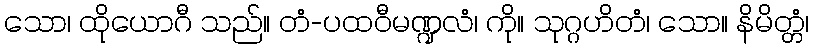
သော၊ ထိုယောဂီ သည်။ တံ-ပထဝီမဏ္ဍလံ၊ ကို။ သုဂ္ဂဟိတံ၊ သော။ နိမိတ္တံ၊